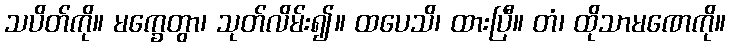
သပိတ်ကို။ မက္ခေတွာ၊ သုတ်လိမ်း၍။ ထပေသိ၊ ထားပြီ။ တံ၊ ထိုသာမဏေကို။